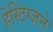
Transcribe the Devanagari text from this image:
हेस्टिंग्जने